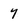
Character: 7